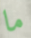
ما